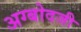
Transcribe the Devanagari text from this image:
अग्बोदजी